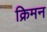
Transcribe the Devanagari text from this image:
क्रिमन